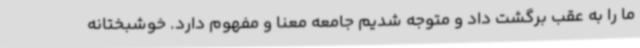
ما را به عقب برگشت داد و متوجه شدیم جامعه معنا و مفهوم دارد. خوشبختانه